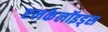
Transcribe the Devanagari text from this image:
एलकेलॉइड्स